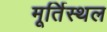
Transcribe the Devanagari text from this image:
मूर्तिस्थल